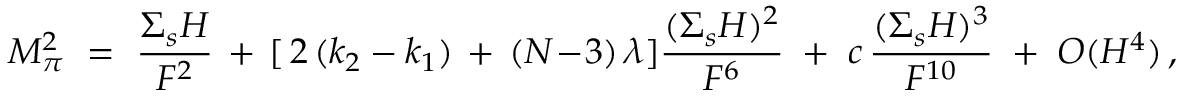
M _ { \pi } ^ { 2 } \ = \ \frac { { \Sigma } _ { s } H } { F ^ { 2 } } \, + \, [ \, 2 \, ( k _ { 2 } - k _ { 1 } ) \, + \, ( N \! - \! 3 ) \, \lambda ] \frac { ( { \Sigma } _ { s } H ) ^ { 2 } } { F ^ { 6 } } \; + \; c \, \frac { ( { \Sigma } _ { s } H ) ^ { 3 } } { F ^ { 1 0 } } \; + \; { \cal O } ( H ^ { 4 } ) \, ,